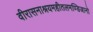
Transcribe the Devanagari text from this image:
वीरासनाश्रयमहीतलमण्डिजानो